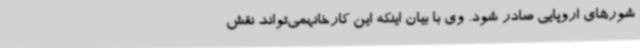
شورهای اروپایی صادر ‌شود. وی با بیان اینکه این کارخانهمی‌تواند نقش